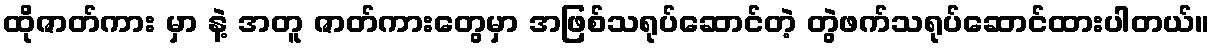
ထိုဇာတ်ကား မှာ နဲ့ အတူ ဇာတ်ကားတွေမှာ အဖြစ်သရုပ်ဆောင်တဲ့ တွဲဖက်သရုပ်ဆောင်ထားပါတယ်။